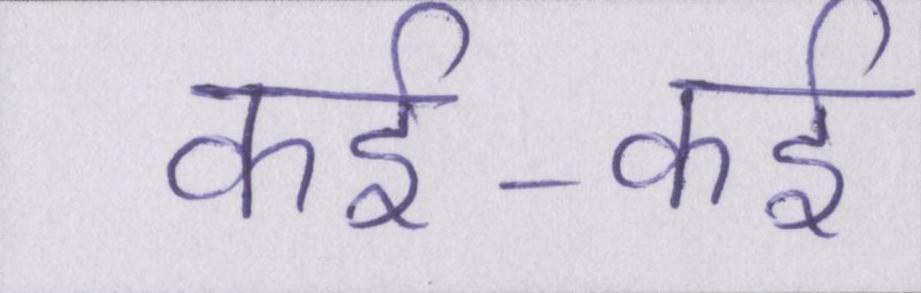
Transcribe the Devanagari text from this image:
कई-कई